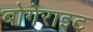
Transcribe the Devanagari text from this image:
बोगेराइट